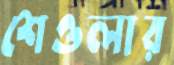
শেওলার